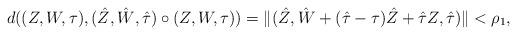
LaTeX: \begin{align*}d((Z,W,\tau) , (\hat Z, \hat W, \hat \tau) \circ (Z,W,\tau)) = \| (\hat Z, \hat W +(\hat\tau-\tau)\hat Z + \hat \tau Z, \hat \tau ) \| < \rho_1,\end{align*}